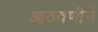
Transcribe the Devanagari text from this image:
आठवणीने